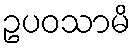
ဥပဝသာမိ